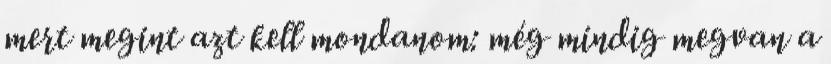
mert megint azt kell mondanom: még mindig megvan a